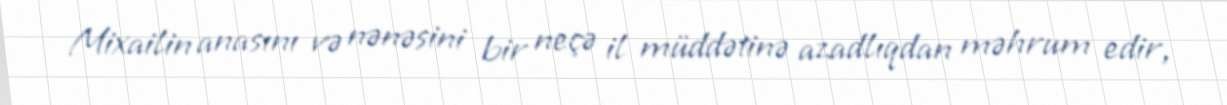
Mixailin anasını və nənəsini bir neçə il müddətinə azadlıqdan məhrum edir,